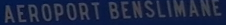
AEROPORT BENSLIMANE